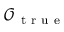
\mathcal { O } _ { \mathrm { ~ t ~ r ~ u ~ e ~ } }